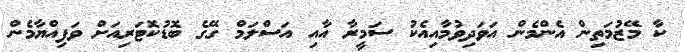
ކާ މޭޒުމަތިން އެންމެން އަވަދިވުމާއިއެކު ސަމީރާ އާއި އަސްލަމް ގޭގެ ބޮޑުކޮޓަރިއަށް ވަފިއްޔާމެން